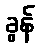
ခွန်